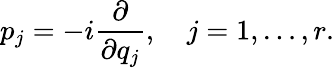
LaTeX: p_{j}=-i{\frac{\partial}{\partial q_{j}}},\quad j=1,\ldots,r.